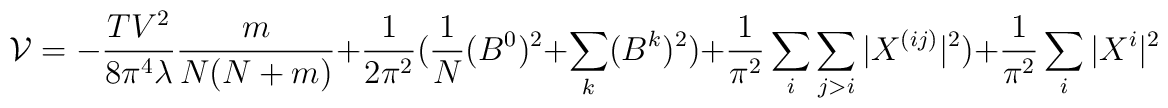
{\cal{V}} = -\frac{TV^2}{8\pi^4\lambda} \frac{m}{N(N+m)}  + \frac{1}{2\pi^2}(\frac{1}{N}(B^0)^2 + \sum_k (B^k)^2)+\frac{1}{\pi^2}\sum_i \sum_{j>i} |X^{(ij)}|^2) +\frac{1}{\pi^2}\sum_i|X^i|^2